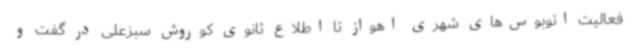
فعالیت اتوبوس‌های شهری اهواز تا اطلاع ثانوی کوروش سبزعلی در گفت و